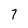
Character: 7